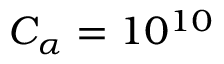
C _ { \alpha } = 1 0 ^ { 1 0 }